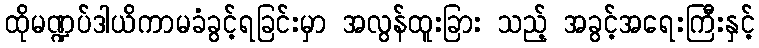
ထိုမဏ္ဍပ်ဒါယိကာမခံခွင့်ရခြင်းမှာ အလွန်ထူးခြား သည့် အခွင့်အရေးကြီးနှင့်